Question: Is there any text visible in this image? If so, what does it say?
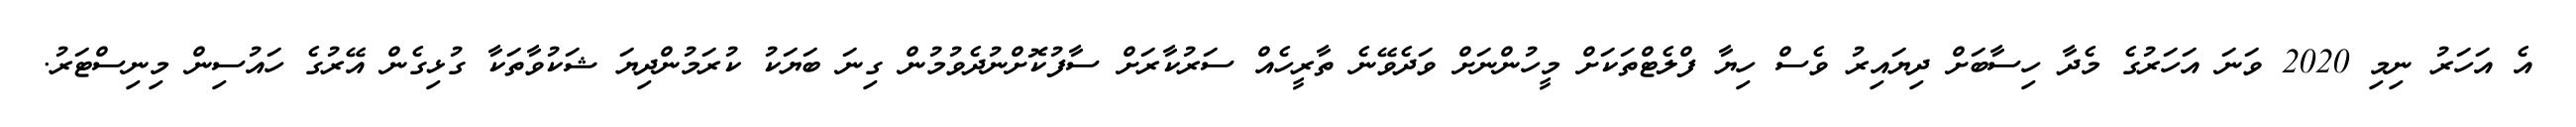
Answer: އެ އަހަރު ނިމި 2020 ވަނަ އަހަރުގެ މެދާ ހިސާބަށް ދިޔައިރު ވެސް ހިޔާ ފްލެޓްތަކަށް މީހުންނަށް ވަދެވޭނެ ތާރީހެއް ސަރުކާރަށް ސާފުކޮށްނުދެވުމުން ގިނަ ބަޔަކު ކުރަމުންދިޔަ ޝަކުވާތަކާ ގުޅިގެން އޭރުގެ ހައުސިން މިނިސްޓަރު.